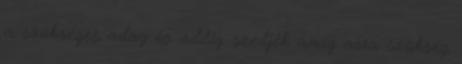
a szükséges adag és addig szedjék amíg arra szükség